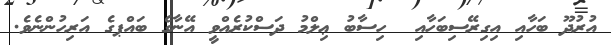
އުރުދޫ ބަހާއި އިގިރޭސިބަހާއި  ހިސާބު ޢިލްމު ދަސްކުރެއްވީ އޭނާގެ ބައްޕގެ އަރިހުންނެވެ.